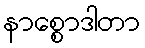
နာစ္စောဒါတာ